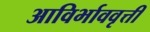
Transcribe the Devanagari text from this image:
आविर्भाववृत्ती